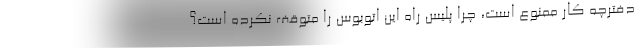
دفترچه کار ممنوع است، چرا پلیس راه این اتوبوس را متوقف نکرده است؟